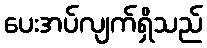
ပေးအပ်လျက်ရှိသည်